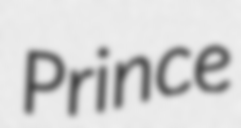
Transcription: Prince